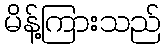
မိန့်ကြားသည်